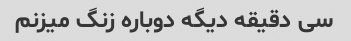
سی دقیقه دیگه دوباره زنگ میزنم